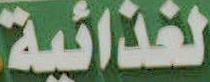
الغذائية